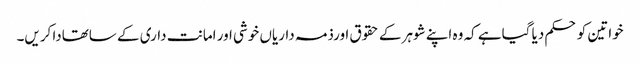
خواتین کو حکم دیا گیاہے کہ وہ اپنے شوہر کے حقوق اورذمہ داریاں خوشی اور امانت داری کے ساتھادا کریں۔